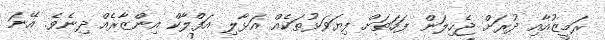
ރަމީޒުއާއި ދުރަށް ޖެހިލަން ފަހަތަށް ފިޔަވަޅުތަކެއް އަޅާލި އަފްލާކް އިންޒާރެއް ދިނެވެ. އޭނަ